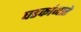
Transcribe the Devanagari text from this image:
घडकांव्दारे